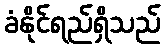
ခံနိုင်ရည်ရှိသည်